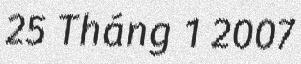
25 Tháng 1 2007